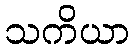
သကိယာ